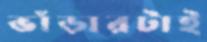
ভাঁড়ারটাই